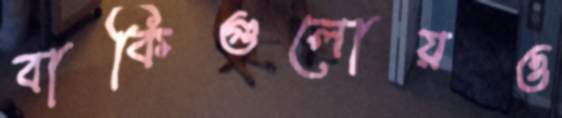
বাকিগুলোয়ও